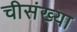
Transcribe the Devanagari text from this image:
चीसंख्या